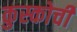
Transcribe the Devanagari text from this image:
कुस्कोची